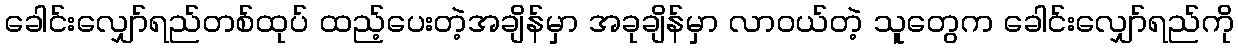
ခေါင်းလျှော်ရည်တစ်ထုပ် ထည့်ပေးတဲ့အချိန်မှာ အခုချိန်မှာ လာဝယ်တဲ့ သူတွေက ခေါင်းလျှော်ရည်ကို